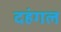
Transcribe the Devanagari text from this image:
दहंगल